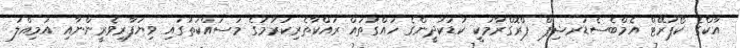
އާކްގެ ކޯޕަރޭޓް އެމްބެސެޑަރޝިޕް ޕްރޮގްރާމަކީ ކުޑަކުދީންގެ ހައްގުތައް ރައްކާތެރިކުރުމުގެ މަސައްކަތުގައި ވިޔަފާރިވެރީންނާއި އަމިއްލަ